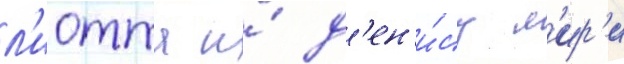
л'иотта и́ д'ен'и́су л'ир'и